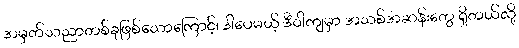
အမှတ်သညာတစ်ခုဖြစ်သောကြောင့်၊ ဒါပေမယ့် ဒီဝါကျမှာ အသစ်အဆန်းတွေ ရှိတယ်လို့